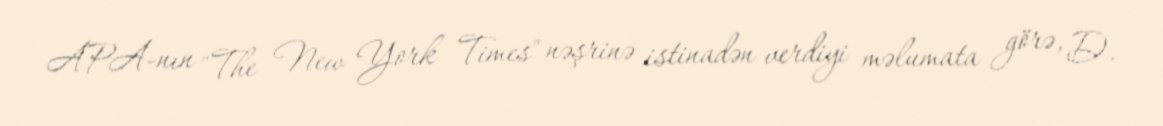
APA-nın "The New York Times" nəşrinə istinadən verdiyi məlumata görə, D.